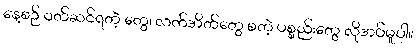
နေ့စဉ် ဝတ်ဆင်ရတဲ့ တွေ၊ လက်အိတ်တွေ စတဲ့ ပစ္စည်းတွေ လိုအပ်မှုပါ။